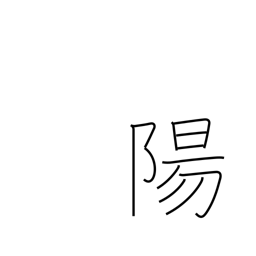
Meaning: heaven